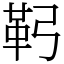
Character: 䩑